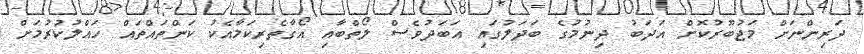
ދަރިންނަށް މަޖުބޫރުކޮށް އަދަބު ދިނުމުގެ ބަދަލުގައި އަބަދުވެސް ލޯތްބާއި އޯގާތެރިކަމާއެކު ކަންތައްތައް ހައްލުކުރުމަށް